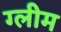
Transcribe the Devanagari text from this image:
ग्लीम